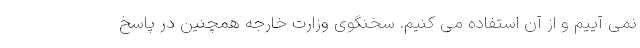
نمی آییم و از آن استفاده می کنیم. سخنگوی وزارت خارجه همچنین در پاسخ